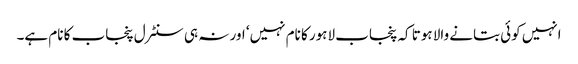
انہیں کوئی بتانے والا ہوتا کہ پنجاب لاہور کا نام نہیں‘ اور نہ ہی سنٹرل پنجاب کا نام ہے۔